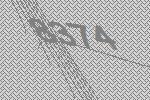
8374